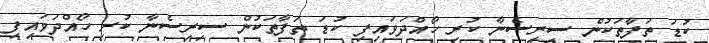
ކުޑަ ތަފާތަކުން ސިރިސެނާ ކުރި ހޯއްދަވައިފި ކުޑަ ތަފާތަކުން ސިރިސެނާ ކުރި ހޯއްދަވައިފި